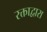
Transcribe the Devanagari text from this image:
रक्ताद्वारा